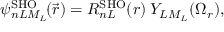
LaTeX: \psi _ { n L M _ { L } } ^ { \mathrm { S H O } } \! ( \vec { r } ) = R _ { n L } ^ { \mathrm { S H O } } ( r ) \: Y _ { L M _ { L } } ( \Omega _ { r } ) ,